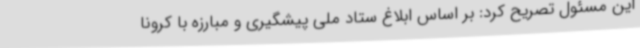
این مسئول تصریح کرد: بر اساس ابلاغ ستاد ملی پیشگیری و مبارزه با کرونا